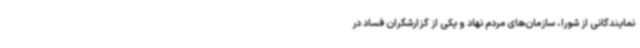
نمایندگانی از شورا، سازمان‌های مردم نهاد و یکی از گزارشگران فساد در